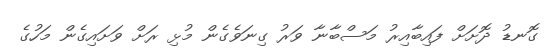
ގޮނޑު ދޮށަށް ފައިބާއިރު މަސްބާނާ ވަރު ގިނަވެގެން މުޅި ރަށް ވަށައިގެން މަހުގެ